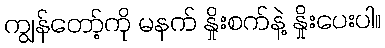
ကျွန်တော့်ကို မနက် နှိုးစက်နဲ့ နှိုးပေးပါ။